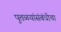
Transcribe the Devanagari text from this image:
पुतळयांसंबंधीचा